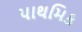
પાથમિક